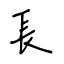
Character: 長